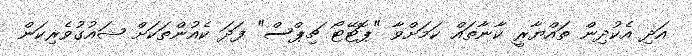
އަދި އެކުދިން ތައްޔާރީ ކާނާތައް ކަމަށްވާ "ޕޮޓޭޓޯ ޗިޕްސް" ފަދަ ކެއުންތަކަށް ޝައުގުވެރިކަން